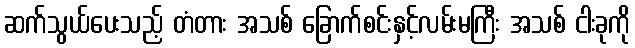
ဆက်သွယ်ပေးသည့် တံတား အသစ် ခြောက်စင်းနှင့်လမ်းမကြီး အသစ် ငါးခုကို